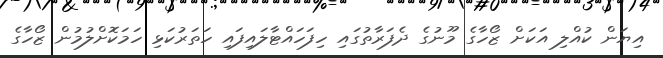
އިޔަން ކުއްލި އަކަށް ޒޯހާގެ މޫނުގެ ދެފަރާތުގައި ހިފަހައްޓާލައިފައި ހަތަރުކަޅި ހަމަކޮށްލުމުން ޒޯހާގެ